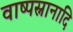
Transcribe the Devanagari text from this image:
वाष्पस्नानादि